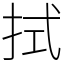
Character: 拭